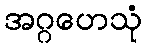
အဂ္ဂဟေသုံ